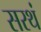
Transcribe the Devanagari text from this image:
सरथं